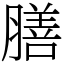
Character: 膳